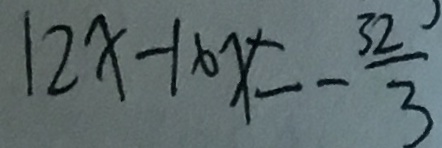
1 2 x - 1 6 x = - \frac { 3 2 } { 3 }